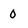
Character: 0